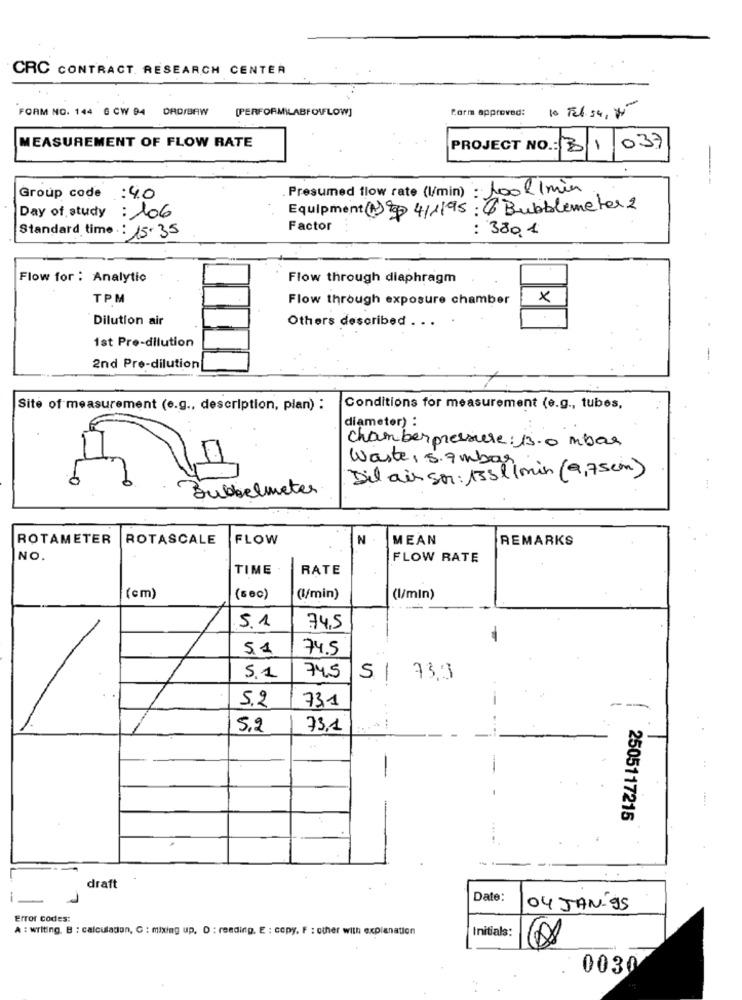
CRC CONTRACT. RESEARCH CENTER
FORM NO. 144 6 CW 94 ORD/BRW [PERFORM LABFOWFLOW]
form approved:
10 Feb 54, 75
MEASUREMENT OF FLOW RATE
PROJECT NO .: 13/1/037
Presumed flow rate (l/min) : 100l/ min
Group code : 40
Day of study : 106
Equipment (1) 4/1195: 4 Bubbleme ter 2
Factor
: 380.1
Standard time : 15.35
Flow for : Analytic
Flow through diaphragm
TPM
Flow through exposure chamber
×
Dilution air
Others described . . .
1st Pre-dilution
-
2nd Pre-dilution
Site of measurement (e.g ., description, plan) :
Conditions for measurement (e.g ., tubes,
diameter) :
chamberpressure: 13.0 mbas
Waste, sambar
Dil ais sor : 153l/min (9,75cm)
Bubbelmeter
ROTAMETER
ROTASCALE
FLOW
N
MEAN
REMARKS
NO.
FLOW RATE
TIME
RATE
(cm)
(sec)
(l/min)
(l/min)
5.1
74,5
51
74.5
51
745
51
73,3
5.2
73.1
5.2
73,1
2505117215
draft
-
Date:
04 JAN-95
Error codes:
A : writing. B : calculation, G : mixing up. D : reading, E : copy. F : other with explanation
Initials:
003